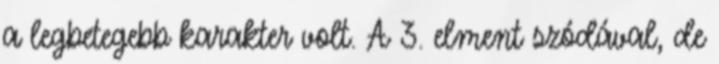
a legbetegebb karakter volt. A 3. elment szódával, de